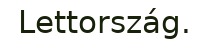
Lettország.